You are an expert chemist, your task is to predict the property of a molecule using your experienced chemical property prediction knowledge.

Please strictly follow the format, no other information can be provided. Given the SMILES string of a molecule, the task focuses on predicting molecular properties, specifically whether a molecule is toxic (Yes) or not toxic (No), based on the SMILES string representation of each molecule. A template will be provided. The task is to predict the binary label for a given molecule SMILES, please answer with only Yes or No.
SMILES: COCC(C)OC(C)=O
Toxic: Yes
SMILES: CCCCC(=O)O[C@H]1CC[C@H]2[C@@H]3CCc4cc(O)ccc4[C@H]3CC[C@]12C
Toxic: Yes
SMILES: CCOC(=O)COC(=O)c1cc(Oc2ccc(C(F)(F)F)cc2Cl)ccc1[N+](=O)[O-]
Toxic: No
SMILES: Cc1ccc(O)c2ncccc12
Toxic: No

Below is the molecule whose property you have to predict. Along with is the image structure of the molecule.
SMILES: C[C@]12CC[C@@H]3c4ccc(OC(=O)c5ccccc5)cc4CC[C@H]3[C@@H]1CC[C@@H]2O
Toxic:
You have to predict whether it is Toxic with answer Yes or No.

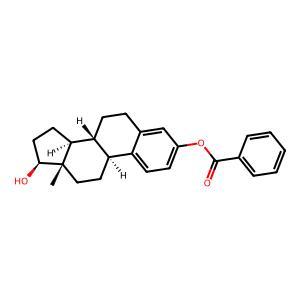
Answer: Yes